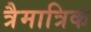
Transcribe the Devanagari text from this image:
त्रैमात्रिक